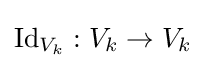
\operatorname {Id} _{V_{k}}:V_{k}\to V_{k}